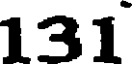
131